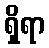
ရှိရာ